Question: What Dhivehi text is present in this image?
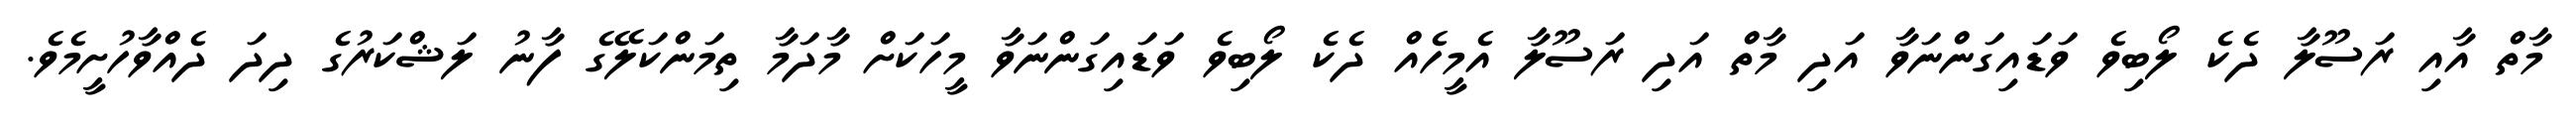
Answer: މާތް އާއި ރަސޫލާ ދެކެ ލޯބިވެ ވަޑައިގަންނަވާ އަދި މާތް އަދި ރަސޫލާ އެމީހެއް ދެކެ ލޯބިވެ ވަޑައިގަންނަވާ މީހަކަށް މާދަމާ ތިމަންކަލޭގެ ފާނު ލަޝްކަރުގެ ދިދަ ދެއްވާހުށީމެވެ.